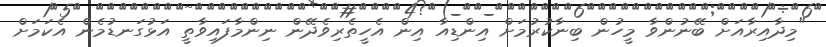
"މިދާއިރާއަށް ބޭނުންވާ މީހުން ބިނާކުރުމަށް އިންޑިއާ އިން އެހީތެރިވެދޭން ނިންމާފައިވާތީ އަޅުގަނޑުމެން އެކަމަށް